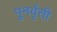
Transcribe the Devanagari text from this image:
पुनर्वृत्ती